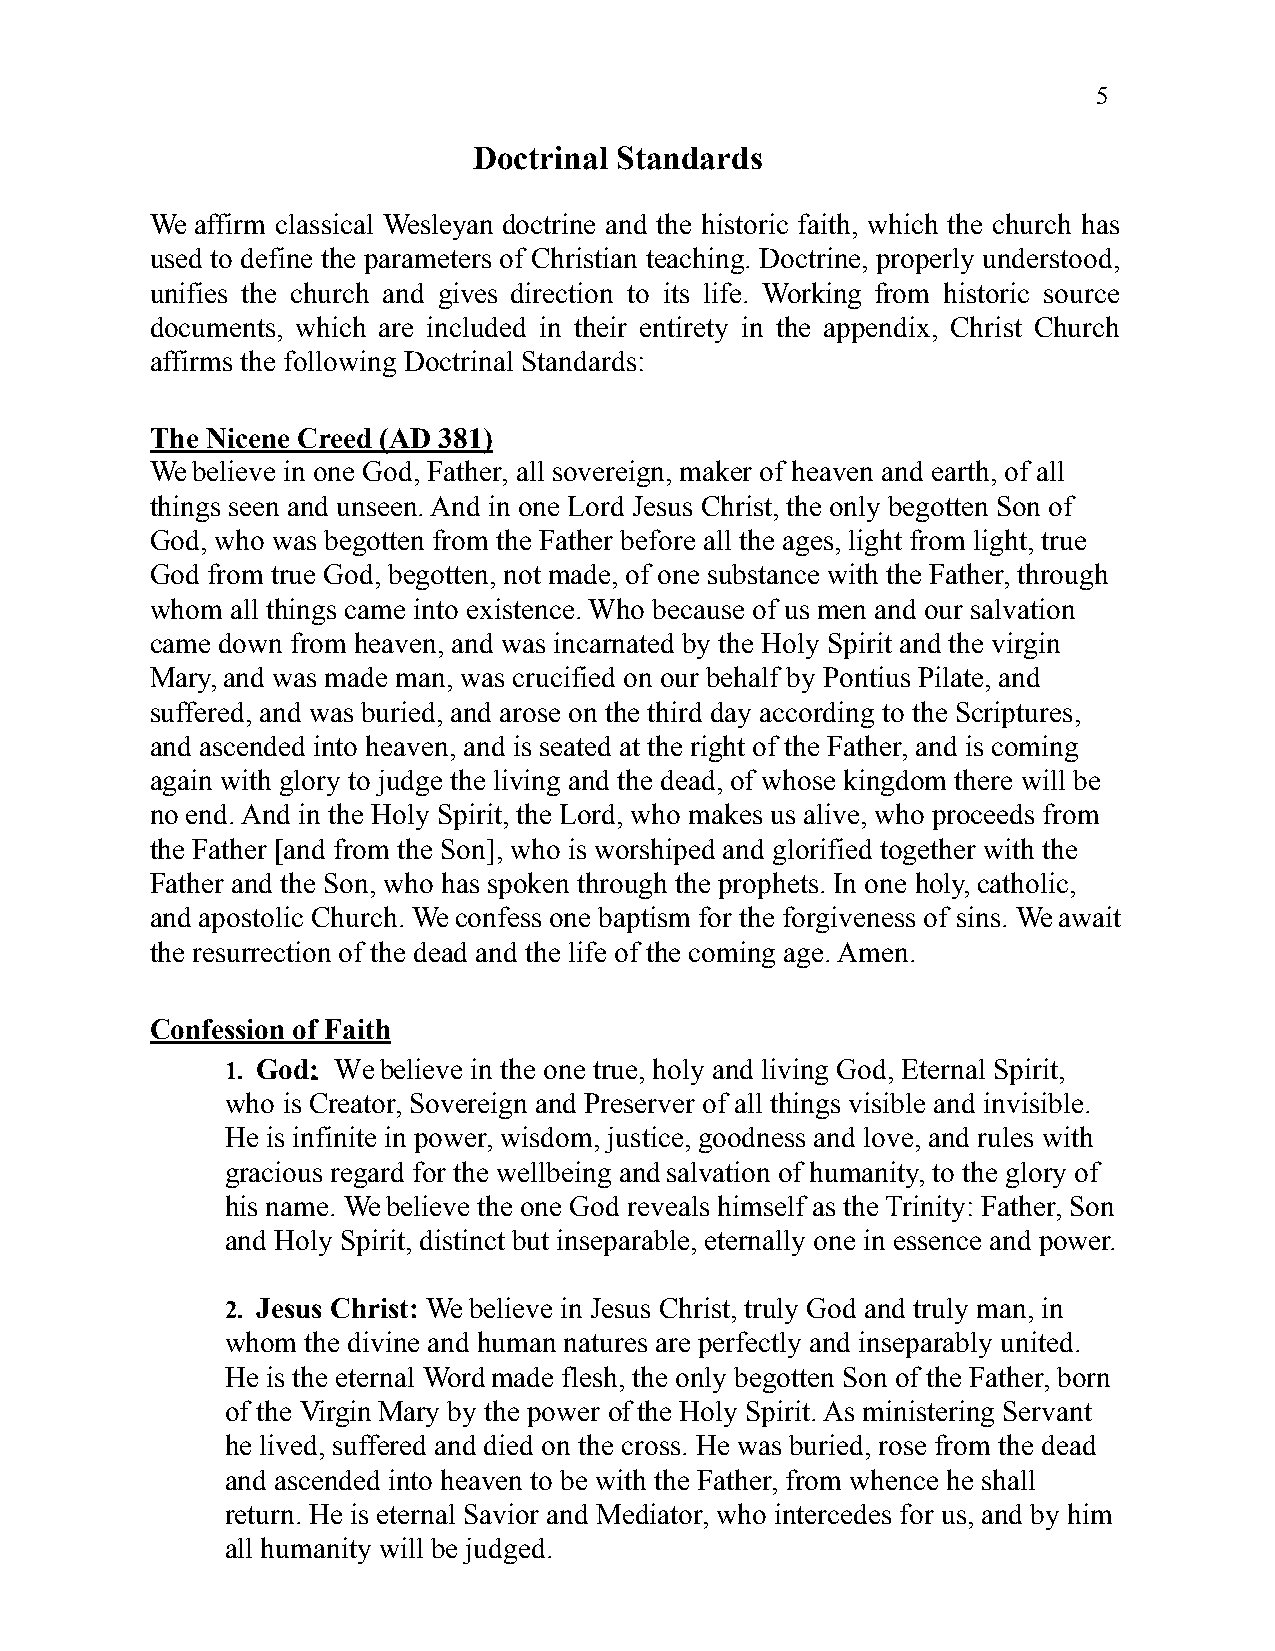
5
 Doctrinal Standards
 We affirm classical Wesleyan doctrine and the historic faith, which the church has
 used to define the parameters of Christian teaching. Doctrine, properly understood,
 unifies the church and gives direction to its life. Working from historic source
 documents, which are included in their entirety in the appendix, Christ Church
 affirms the following Doctrinal Standards:
 The Nicene Creed (AD 381)
 We believe in one God, Father, all sovereign, maker of heaven and earth, of all
 things seen and unseen. And in one Lord Jesus Christ, the only begotten Son of
 God, who was begotten from the Father before all the ages, light from light, true
 God from true God, begotten, not made, of one substance with the Father, through
 whom all things came into existence. Who because of us men and our salvation
 came down from heaven, and was incarnated by the Holy Spirit and the virgin
 Mary, and was made man, was crucified on our behalf by Pontius Pilate, and
 suffered, and was buried, and arose on the third day according to the Scriptures,
 and ascended into heaven, and is seated at the right of the Father, and is coming
 again with glory to judge the living and the dead, of whose kingdom there will be
 no end. And in the Holy Spirit, the Lord, who makes us alive, who proceeds from
 the Father [and from the Son], who is worshiped and glorified together with the
 Father and the Son, who has spoken through the prophets. In one holy, catholic,
 and apostolic Church. We confess one baptism for the forgiveness of sins. We await
 the resurrection of the dead and the life of the coming age. Amen.
 Confession of Faith
 1. God: We believe in the one true, holy and living God, Eternal Spirit,
 who is Creator, Sovereign and Preserver of all things visible and invisible.
 He is infinite in power, wisdom, justice, goodness and love, and rules with
 gracious regard for the wellbeing and salvation of humanity, to the glory of
 his name. We believe the one God reveals himself as the Trinity: Father, Son
 and Holy Spirit, distinct but inseparable, eternally one in essence and power.
 2. Jesus Christ: We believe in Jesus Christ, truly God and truly man, in
 whom the divine and human natures are perfectly and inseparably united.
 He is the eternal Word made flesh, the only begotten Son of the Father, born
 of the Virgin Mary by the power of the Holy Spirit. As ministering Servant
 he lived, suffered and died on the cross. He was buried, rose from the dead
 and ascended into heaven to be with the Father, from whence he shall
 return. He is eternal Savior and Mediator, who intercedes for us, and by him
 all humanity will be judged.